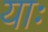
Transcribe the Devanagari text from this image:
याः